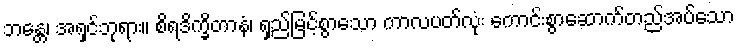
ဘန္တေ၊ အရှင်ဘုရား။ စိရဒိက္ခိတာနံ၊ ရှည်မြင့်စွာသော ကာလပတ်လုံး ကောင်းစွာဆောက်တည်အပ်သော